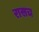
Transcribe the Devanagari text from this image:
रासच